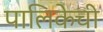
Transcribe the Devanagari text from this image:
पालिकेची